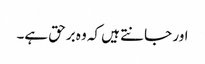
اور جانتے ہیں کہ وہ برحق ہے۔